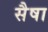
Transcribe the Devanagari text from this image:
सैषा